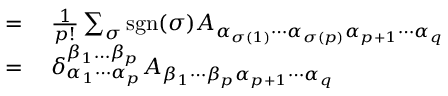
\begin{array} { r l } { = { } } & { { } { \frac { 1 } { p ! } } \sum _ { \sigma } \operatorname { s g n } ( \sigma ) A _ { \alpha _ { \sigma ( 1 ) } \cdots \alpha _ { \sigma ( p ) } \alpha _ { p + 1 } \cdots \alpha _ { q } } } \\ { = { } } & { { } \delta _ { \alpha _ { 1 } \cdots \alpha _ { p } } ^ { \beta _ { 1 } \dots \beta _ { p } } A _ { \beta _ { 1 } \cdots \beta _ { p } \alpha _ { p + 1 } \cdots \alpha _ { q } } } \end{array}